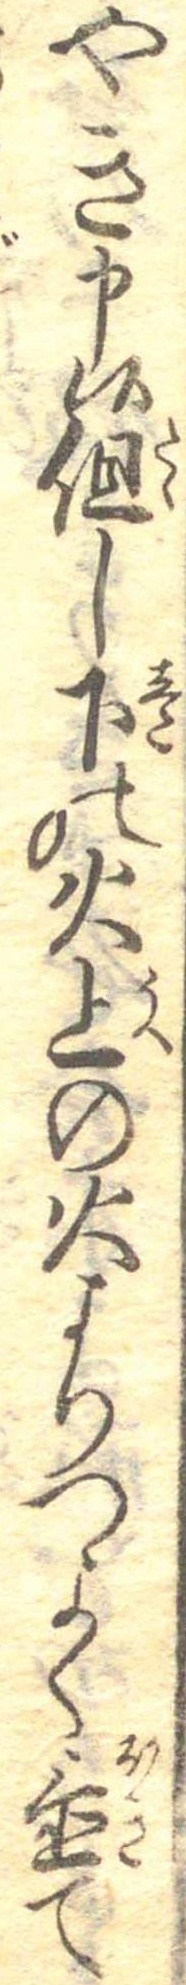
やき申候但し下の火上の火よりつよく置て